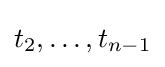
t_{2},\ldots ,t_{n-1}